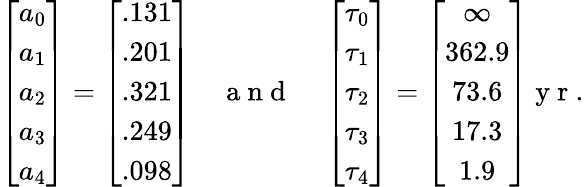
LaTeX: \left[\begin{array}{c}{a_{0}}\\ {a_{1}}\\ {a_{2}}\\ {a_{3}}\\ {a_{4}}\end{array}\right]=\left[\begin{array}{c}{.131}\\ {.201}\\ {.321}\\ {.249}\\ {.098}\end{array}\right]\quad\mathrm{~a~n~d~}\quad\left[\begin{array}{c}{\tau_{0}}\\ {\tau_{1}}\\ {\tau_{2}}\\ {\tau_{3}}\\ {\tau_{4}}\end{array}\right]=\left[\begin{array}{c}{\infty}\\ {362.9}\\ {73.6}\\ {17.3}\\ {1.9}\end{array}\right]\mathrm{~y~r~}.